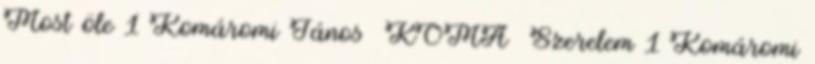
Most öle 1 Komáromi János KOMA Szerelem 1 Komáromi